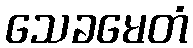
သေခမေတံ